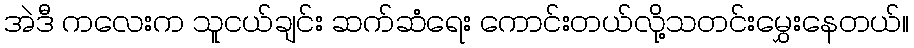
အဲဒီ ကလေးက သူငယ်ချင်း ဆက်ဆံရေး ကောင်းတယ်လို့သတင်းမွှေးနေတယ်။